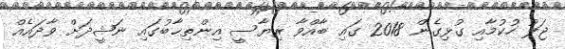
ޖަލު ހުކުމާއި ގުޅިގެން 2018 ގައި ބާއްވާ ރިޔާސީ އިންތިޚާބުގައި ނަޝީދަށް ވާދައެއް